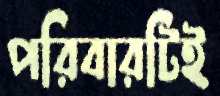
পরিবারটিই